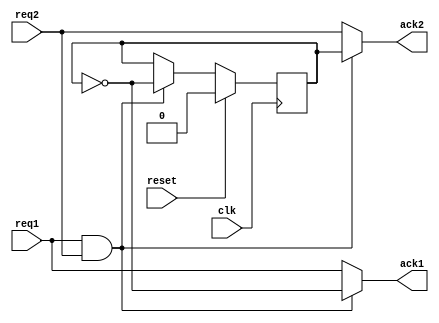
module arbiter (
    clk, reset, req1, req2, ack1, ack2
);
    input wire clk, reset, req1,req2;
    output reg ack1,ack2;

    reg priority; // 1 to grant ack2, 0 to grant ack1;

    always @(posedge clk) begin
        if (reset) begin
            priority <= 1'b0;
        end 
        else if(req1&&req2) begin
            priority <= ~priority;
        end
    end

    always @(*) begin
        if(req1&&req2) begin
            ack1 = ~priority;
            ack2 = priority;
        end
        else begin
            ack1 = req1;
            ack2 = req2;
        end
    end
    

endmodule